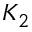
K _ { 2 }